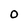
Character: O